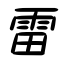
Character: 雷